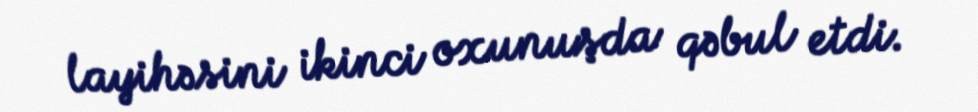
layihəsini ikinci oxunuşda qəbul etdi.